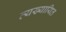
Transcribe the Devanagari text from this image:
व्यख्यायित